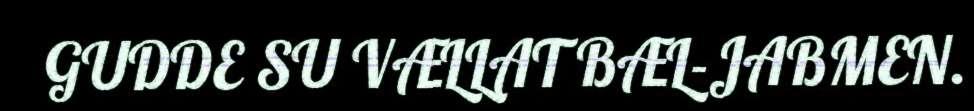
GUDDE SU VÆLLAT BÆL-JABMEN.